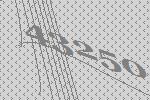
43250